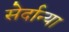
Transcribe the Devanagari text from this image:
सेर्दान्या